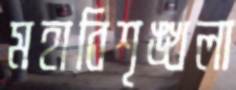
মহাবিশৃঙ্খলা